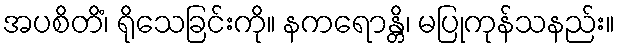
အပစိတိံ၊ ရိုသေခြင်းကို။ နကရောန္တိ၊ မပြုကုန်သနည်း။